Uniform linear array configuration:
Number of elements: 24
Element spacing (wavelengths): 0.75
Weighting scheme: kaiser
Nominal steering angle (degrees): -60
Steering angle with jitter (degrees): -59.283
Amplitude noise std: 0.05
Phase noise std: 0.05

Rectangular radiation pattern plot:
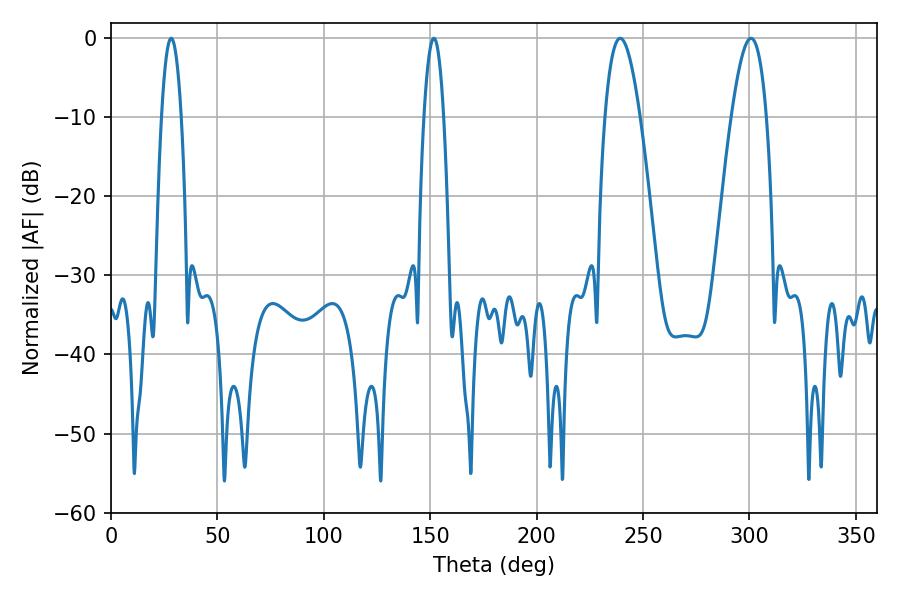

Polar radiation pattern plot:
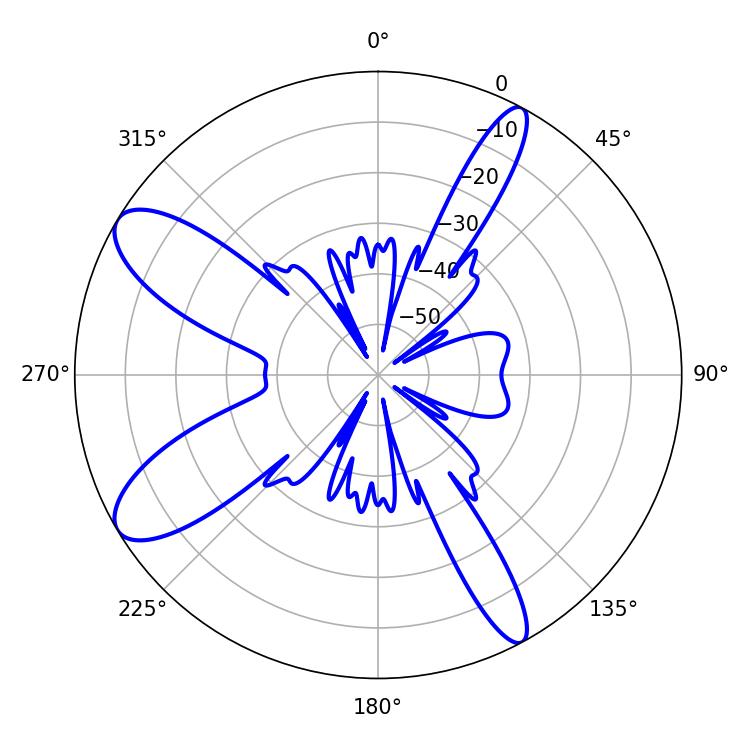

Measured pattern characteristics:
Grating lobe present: TRUE
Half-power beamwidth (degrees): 5.04
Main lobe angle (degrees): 28.26